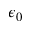
\epsilon _ { 0 }